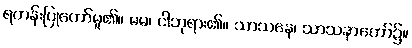
ရဟန်းပြုတော်မူ၏။ မမ၊ ငါဘုရား၏။ သာသနေ၊ သာသနာတော်၌။